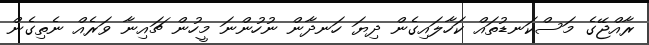
ރާއްޖޭގެ މަސްކަނޑުތައް ކަހާލައިގެން ދިޔަ ހަނދާން ނުހުންނަ މީހުން ޗައިނާ ވަރެއް ނެތިގެން